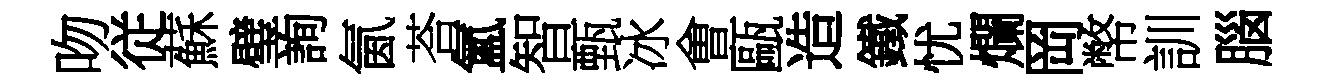
吻従蘇璧詢氤荅氳智甄冰㑹甌造鐵忧爛岡幣訓腦